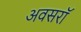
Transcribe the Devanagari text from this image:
अवसरॉ